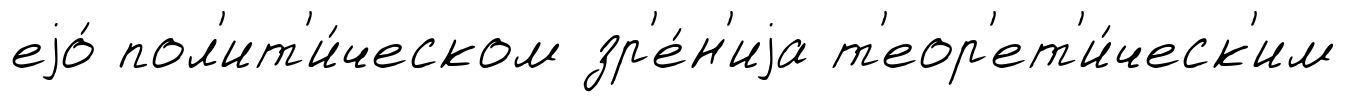
еjо́ пол'ит'и́ческом зр'е́н'иjа т'еор'ет'и́ческ'им